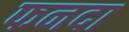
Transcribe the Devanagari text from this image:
फनदा